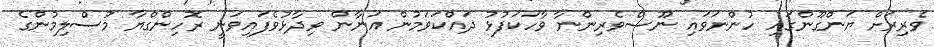
ވެރިރަށް ޔަންގޫންގައި ހުންނަވައި ނޫސްވެރިންނާ ވާހަކަފުޅު ދައްކަވަމުން އަނާން ވިދާޅުވެފައިވަނީ ރޮހިންގްޔާ މުސްލިމުންގެ